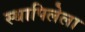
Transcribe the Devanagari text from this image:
स्थापिलेला